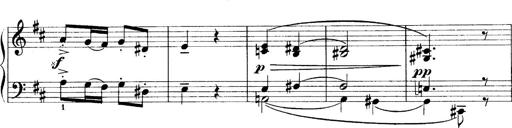
Title: 4 Sonatines
Composer: Max Reger